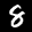
Label: 8